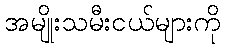
အမျိုးသမီးငယ်များကို